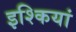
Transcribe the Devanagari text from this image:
इश्कियां